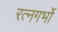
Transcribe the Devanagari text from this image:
रत्नगर्भो